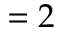
= 2